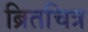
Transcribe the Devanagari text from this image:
ब्रितचित्र